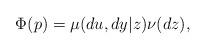
LaTeX: \begin{align*}\Phi(p) = \mu(du,dy|z)\nu(dz),\end{align*}